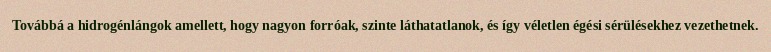
Továbbá a hidrogénlángok amellett, hogy nagyon forróak, szinte láthatatlanok, és így véletlen égési sérülésekhez vezethetnek.